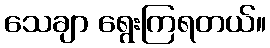
သေချာ ရွေးကြရတယ်။